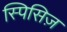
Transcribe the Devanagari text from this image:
स्पिसिज़